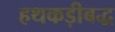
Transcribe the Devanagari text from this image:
हथकड़ीबद्ध